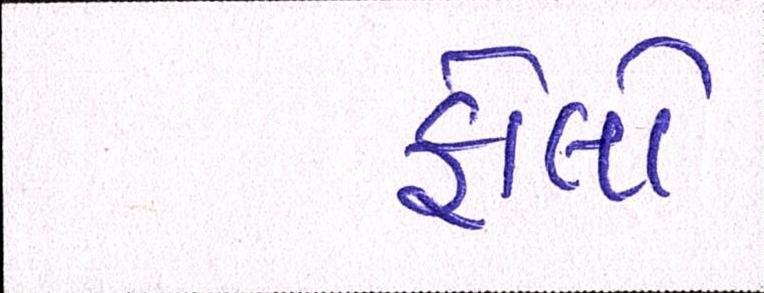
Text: ફોલો